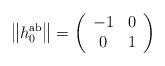
LaTeX: \begin{align*}\left\| h_0^{{\rm ab}}\right\| =\left( \begin{array}{cc}-1 & 0 \\ 0 & 1\end{array}\right) \end{align*}